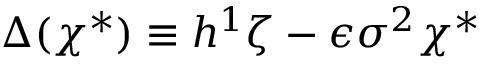
\Delta ( \chi ^ { * } ) \equiv h ^ { 1 } \zeta - \epsilon \sigma ^ { 2 } \chi ^ { * }